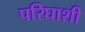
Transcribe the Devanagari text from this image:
परिघाशी